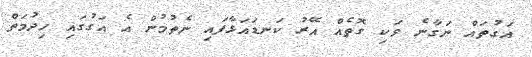
އަގުތައް ނަގާނެ ވަކި ގޮތެއް އޭރު ކަނޑައަޅާފައި ނެތުމުން އެ އަގުގައި ހިދުމަތް